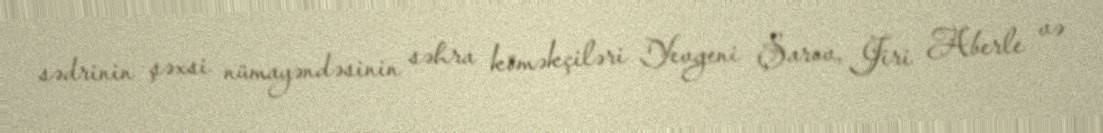
sədrinin şəxsi nümayəndəsinin səhra köməkçiləri Yevgeni Şarov, Jiri Aberle və